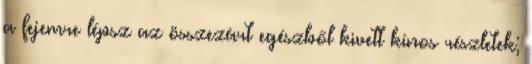
a fejemre lépsz az összezárt egészből kivett kínos részletek;